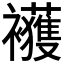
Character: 𲁇